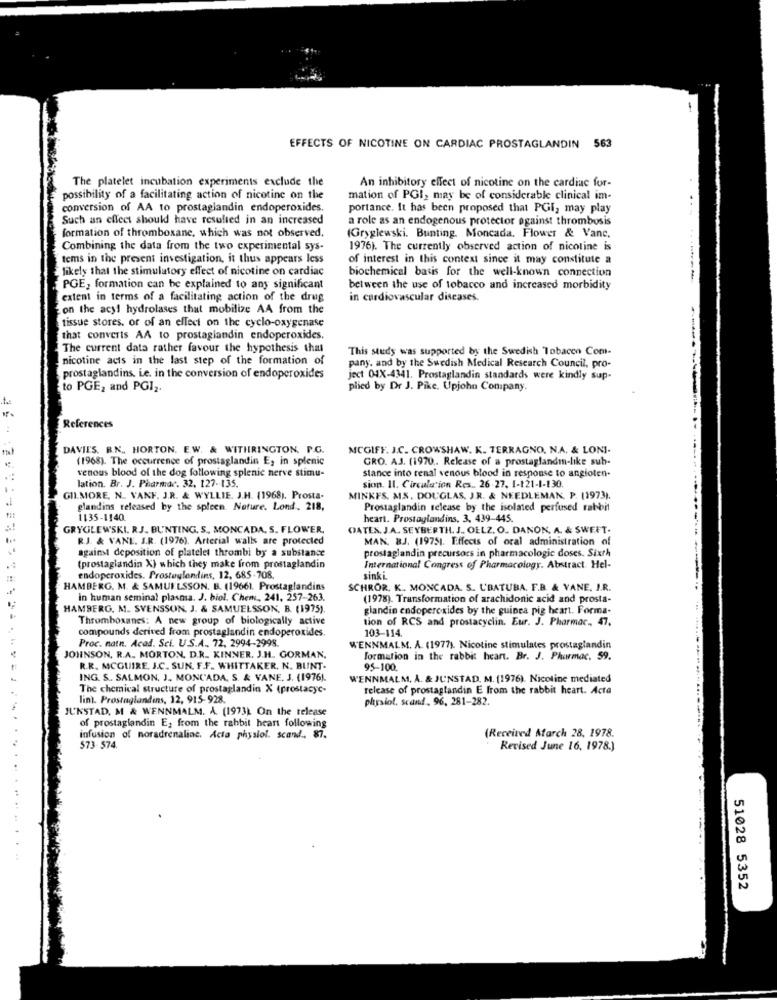
EFFECTS OF NICOTINE ON CARDIAC PROSTAGLANDIN 563
The platelet incubation experiments exclude the
An inhibitory effect of nicotine on the cardiac for-
possibility of a facilitating action of nicotine on the
mation of PGI, may be of considerable clinical im-
conversion of AA to prostaglandin endoperoxides.
portance. It has been proposed that PGI, may play
Such an effect should have resulted in an increased
a role as an endogenous protector against thrombosis
formation of thromboxane, which was not observed.
(Gryglewski. Bunting. Moncada, Flower & Vanc.
Combining the data from the two experimental sys-
1976). The currently observed action of nicotine is
tems in the present investigation, it thus appears less
of interest in this context since it may constitute a
likely that the stimulatory effect of nicotine on cardiac
biochemical basis for the well-known connection
PGE, formation can be explained to any significant
between the use of tobacco and increased morbidity
extent in terms of a facilitating action of the drug
in cardiovascular diseases.
on the acyl hydrolases that mobilize AA from the
tissue stores, or of an effect on the cyclo-oxygenase
that converts AA to prostaglandin endoperoxides.
The current data rather favour the hypothesis that
This study was supported by the Swedish Tobacen Com-
nicotine acts in the last step of the formation of
pany. and by the Swedish Medical Research Council, pro-
prostaglandins, Le. in the conversion of endoperoxides
ject 04X-4341. Prostaglandin standards were kindly sup-
to PGE, and PGI2.
plied by Dr J. Pike. Upjohn Company.
References
DAVIES. B.N. HORTON, E.W. & WITHRINGTON. P.C.
MCGIFF. J.C. CROWSHAW. K. TERRAGNO, N.A. & LONI-
(1968). The occurrence of prostaglandin E, in splenic
GRO. AJ. (1970 .. Release of a prostaglandm-like sub-
venous blood of the dog following splenic nerve stimu-
stance into renal venous blood in response to angioten-
lation. Br. J. Pharmdr. 32, 127-135.
sion. Il. Circulation Res .. 26.27. 1-121-1-130.
GILMORE, N. VANF. J.R. & WYLLIE. J.H. (1968). Prosta-
MINKFS. MS. DOUGLAS, J.R. & NEEDLEMAN, P. (1973).
glandins released by the spleen. Nature, Lond. 218,
Prostaglandin release by the isolated perfused rabbit
1135-1140
heart. Prostaglandins, 3, 439-445.
GRYGLEWSKI. RJ. BUNTING. S ., MONCADA, S. FLOWER.
OATES, J.A. SEYBERTH. J. OELZ, O. DANON, A. & SWEET-
RJ. & VANE. J.R. (1976). Arterial walls are protected
MAN. BJ. (19751. Effects of oral administration of
against deposition of platelet thrombi by a substance
prostaglandin precursors in pharmacologic doses. Sixth
(prostaglandin X) which they make from prostaglandin
International Congress of Pharmacology. Abstract. Hel-
endoperoxides. Prostaglandins, 12, 685-708.
sinki.
HAMBERG. M. & SAMUELSSON. B. (19661. Prostaglandins
SCHROR. K. MONCADA. S. UBATUBA. F.B. & VANE. I.R.
in human seminal plasma. J. biol. Chem ., 241, 257-263.
(1978). Transformation of arachidonic acid and prosta-
HAMBERG. M. SVENSSON. J. & SAMUELSSON, B. (1975).
glandin endoperoxides by the guinea pig heart. Forma-
Thromboxanes: A new group of biologically active
tion of RCS and prostacyclin. Eur. J. Pharmac ., 47.
compounds derived from prostaglandin endoperoxides.
103-114.
Proc. natn. Acad. Sci. U.S.A .. 72, 2994-2998.
WENNMALM. A. (1977). Nicotine stimulates prostaglandin
JOHNSON, R.A. MORTON, D.R. KINNER. J.H ., GORMAN.
formation in the rabbit heart. Br. J. Pharmac. 59.
R.R. MCGUIRE, J.C. SUN. F.F. WHITTAKER, N. BUNT-
95-100.
ING. S. SALMON, J ., MONCADA, S. & VANE. J. (1976).
WENNMALM, A. & JUNSTAD, M. [1976). Nicotine mediated
The chemical structure of prostaglandin X (prostacyc-
release of prostaglandin E from the rabbit heart. Acta
lin). Prostaglandins, 12, 915-928.
physiol. scand , 96, 281-282.
JUNSTAD, M & WENNMALM. A. (1973) On the release
of prostaglandin E, from the rabbit heart following
(Received Aarch 28, 1978.
infusion of noradrenalinc. Acta physiol. scand .. 87.
$73-574.
Revised June 16, 1978.)
51028 5352